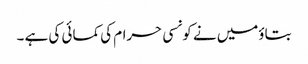
بتاؤمیں نے کونسی حرام کی کمائی کی ہے ۔